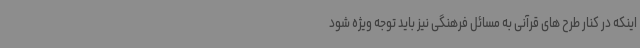
اینکه در کنار طرح های قرآنی به مسائل فرهنگی نیز باید توجه ویژه شود